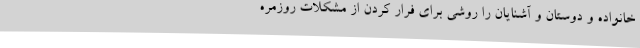
خانواده و دوستان و آشنایان را روشی برای فرار کردن از مشکلات روزمره